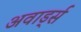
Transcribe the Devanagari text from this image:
अवार्ड्स